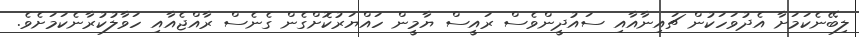
ލިބޭނެކަމަށާ އެދުވަހަކުން ޗައިނާއާއި ސައުދީންވެސް ރައީސް ޔާމީން ހައްޔަރުކޮށްގެން ގެނެސް ރާއްޖެއާއި ހަވާލުުކުރާނެކަމަށެވެ.